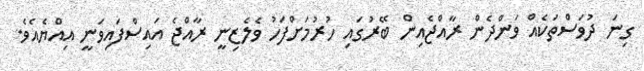
ގިނަ ދުވަސްތަކެއް ވަންދެން ރާއްޖެއިން ބޭރުގައި ހުރުމަށްފަހު ވެލެޒިނީ ރާއްޖެ އައިސްފައިވަނީ އިއްޔެއެވެ.